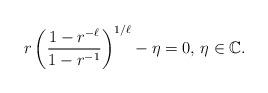
LaTeX: \begin{align*}r \left( \frac{1 - r^{-\ell}}{1 - r^{-1}} \right)^{1/\ell} - \eta = 0, \, \eta \in \mathbb{C}.\end{align*}